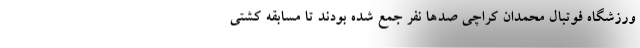
ورزشگاه فوتبال محمدان کراچی صد‌ها نفر جمع شده بودند تا مسابقه کشتی